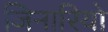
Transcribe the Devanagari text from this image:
जिनारियो